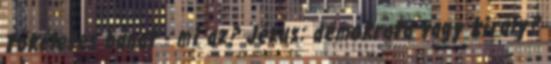
Tökéletes bánat - mi az? Jézus: demokrata vagy király?